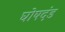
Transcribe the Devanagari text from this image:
घोषदंड